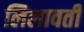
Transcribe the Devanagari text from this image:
लिलावती